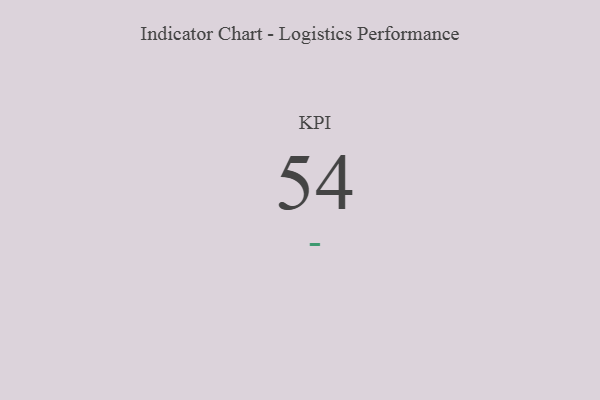
{"axis": {"x": "KPI", "y": "Value"}, "legend": [""], "data": [{"x": "KPI", "y": 54, "type": ""}]}